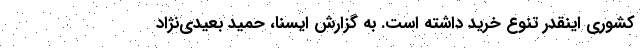
کشوری اینقدر تنوع خرید داشته است. به گزارش ایسنا، حمید بعیدی‌نژاد